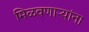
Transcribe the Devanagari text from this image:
मिळवणाऱ्यांना